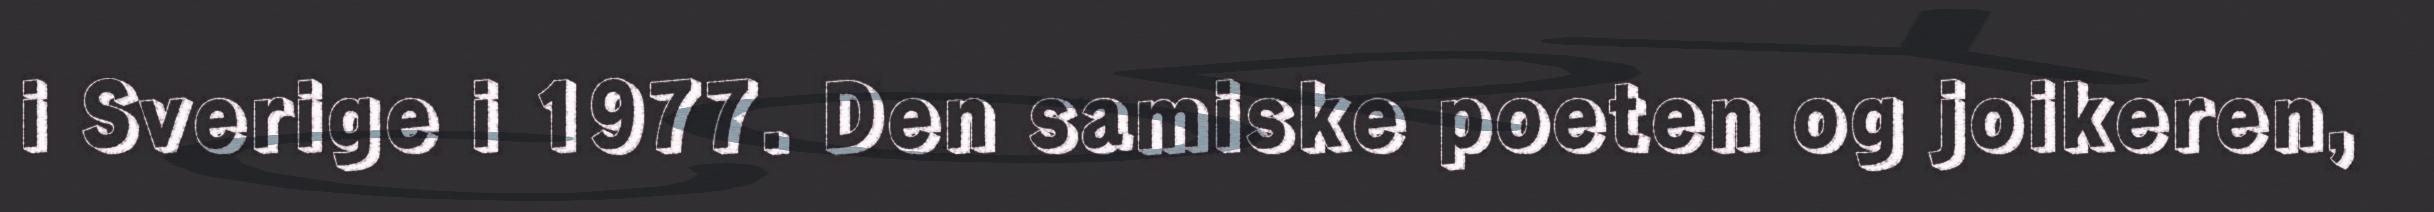
i Sverige i 1977. Den samiske poeten og joikeren,